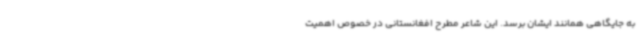
به جایگاهی همانند ایشان برسد. این شاعر مطرح افغانستانی در خصوص اهمیت